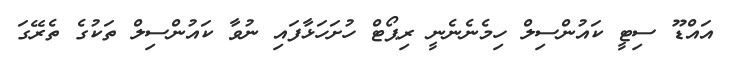
އައްޑޫ ސިޓީ ކައުންސިލް ހިމެނެނެނީ ރިޕޯޓް ހުށަހަޅާފައި ނުވާ ކައުންސިލް ތަކުގެ ތެރޭގަ